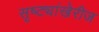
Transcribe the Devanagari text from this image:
सृष्ट्यांखेरीज